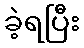
ခဲ့ရပြီး